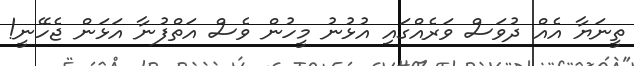
ތީނަޔާ އެއް ދުވަސް ވަރެއްގައި އުޅުނު މީހުން ވެސް އަތްފުނާ އަޅަން ޖެހޭނީ!